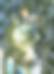
ই